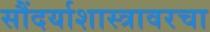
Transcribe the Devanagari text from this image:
सौंदर्याशास्त्रावरचा